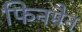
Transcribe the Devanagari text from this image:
फिनमैन